Madras plague regulations in force outside the Presidency town - Volume 2
Disease focus: Plague
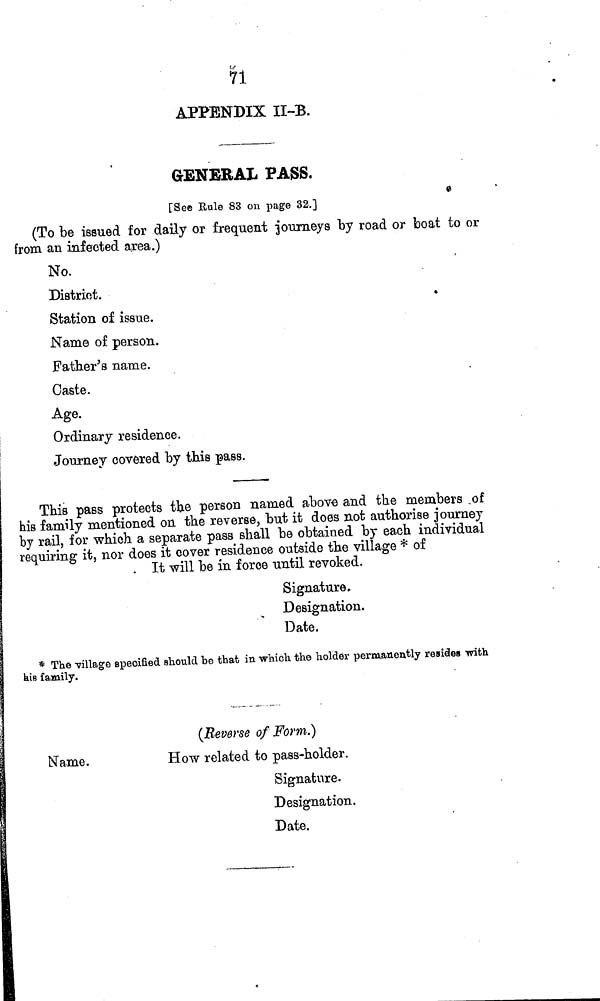
71
APPENDIX II-B.
GENERAL PASS.
[See Rule 83 cm page 32.]
(To be issued for daily or frequent journeys by road or boat to or
from an infected area.)
No.
District.
Station of issue.
Name of person.
Father's name.
Caste.
Age.
Ordinary residence.
Journey covered by this pass.
This pass protects the person named above and the members of
his family mentioned on the reverse, but it does not authorise journey
by rail, for which a separate pass shall be obtained by each individual
requiring it, nor does it cover residence outside the village * of
It will be in force until revoked.
Signature
Designation.
Date.
* The -village specified should be that in which the holder permanently resides with
his family.
(Reverse of Form.)
Name.
How related to pass-holder.
Signature.
Designation.
Date.